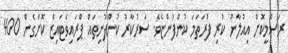
ރަސްމީކޮށް އިއުލާނު ކުރި ފުރަތަމަ ކުންފުންޏެވެ. ސަރުކާރު ކުންފުނިތައް ޕްރައިވެޓަައިޒް ކޮށްގެން 400